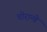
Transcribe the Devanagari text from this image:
चोरान्वे